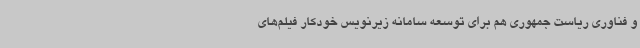
و فناوری ریاست جمهوری هم برای توسعه سامانه زیرنویس خودکار فیلم‌های